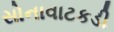
સોનાવાટકડી